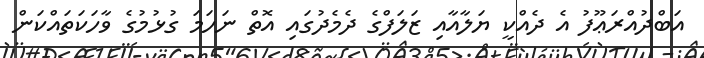
އަބްދުއްރަޢޫފު އެ ދެއްކީ ޔަލާއާއި ޒަލަފްގެ ދެމެދުގައި އޮތް ނަހަމަ ގުޅުމުގެ ވާހަކަތައްކަން